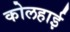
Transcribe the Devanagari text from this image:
कोलहाई